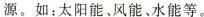
源。如：太阳能、风能、水能等。